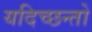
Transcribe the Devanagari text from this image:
यदिच्छन्तो